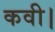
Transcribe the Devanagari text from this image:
कवी।